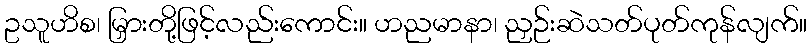
ဥသူဟိစ၊ မြှားတို့ဖြင့်လည်းကောင်း။ ဟညမာနာ၊ ညှဉ်းဆဲသတ်ပုတ်ကုန်လျက်။